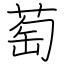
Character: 萄